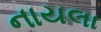
નાયલા